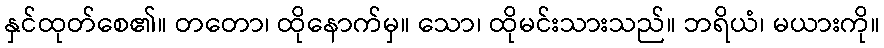
နှင်ထုတ်စေ၏။ တတော၊ ထိုနောက်မှ။ သော၊ ထိုမင်းသားသည်။ ဘရိယံ၊ မယားကို။